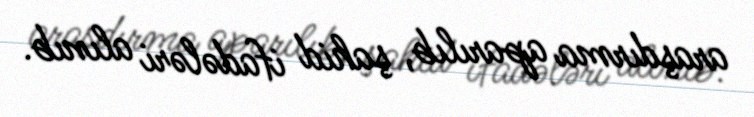
araşdırma aparılıb, şahid ifadələri alınıb.